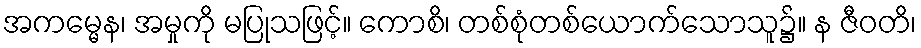
အကမ္မေန၊ အမှုကို မပြုသဖြင့်။ ကောစိ၊ တစ်စုံတစ်ယောက်သောသူ၌။ န ဇီဝတိ၊